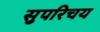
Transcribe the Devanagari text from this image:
सुपरिचय